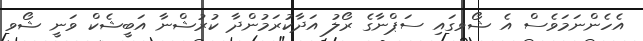
އެހެންނަމަވެސް އެ ޝޯވގައި ސަޕްނާގެ ރޯލު އަދާކުރަމުންދާ ކުރުޝްނާ އަބީޝެކް ވަނީ ޝޯވ